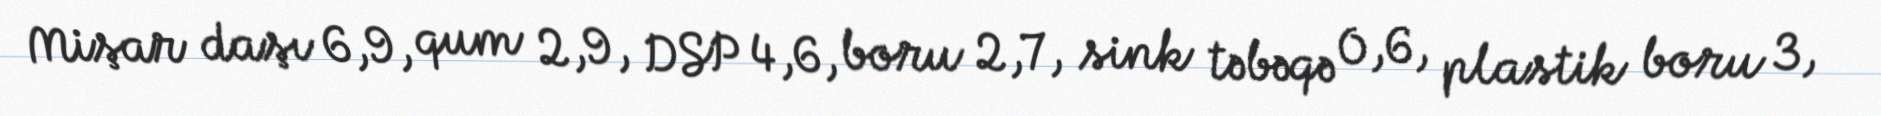
Mişar daşı 6,9, qum 2,9, DSP 4,6, boru 2,7, sink təbəqə 0,6, plastik boru 3,